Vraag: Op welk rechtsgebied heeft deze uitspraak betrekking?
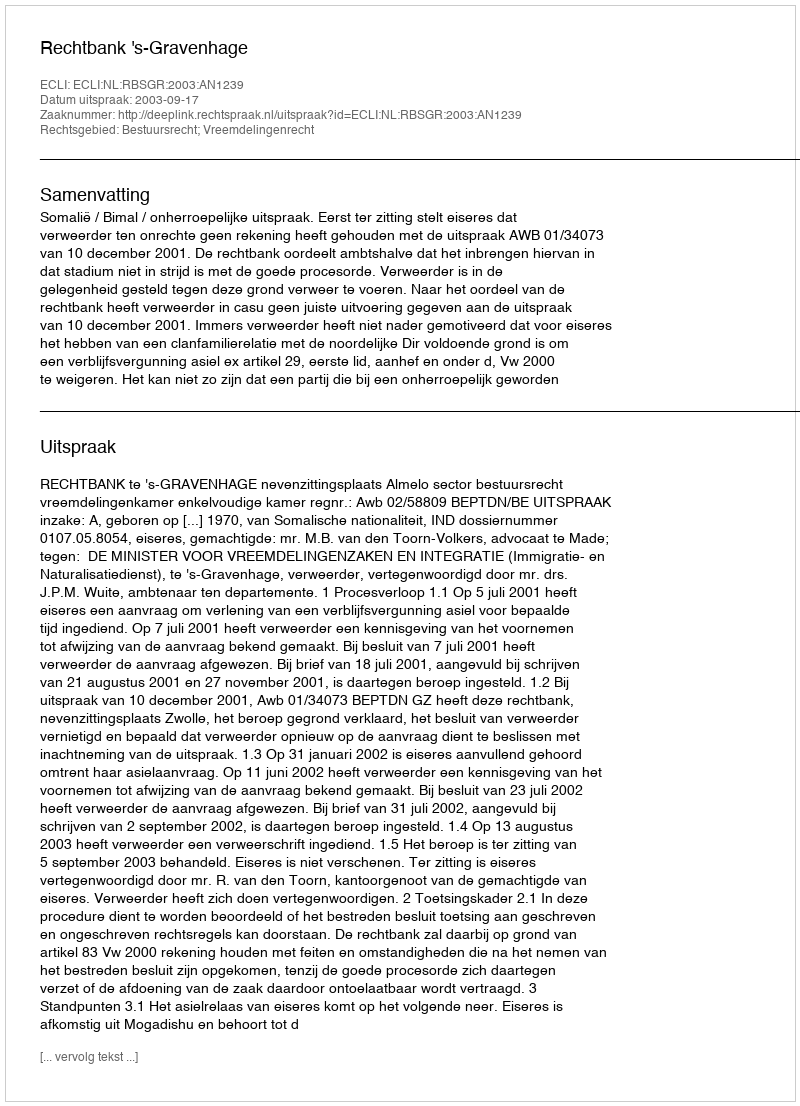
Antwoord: Bestuursrecht; Vreemdelingenrecht